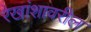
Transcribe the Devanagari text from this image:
रेखांशावरील